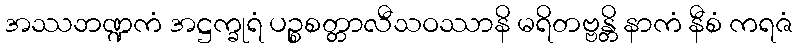
အဿဘဏ္ဍကံ အဋ္ဌက္ခုရံ ပဉ္စစတ္တာလီသဝဿာနိ မရိတဗ္ဗန္တိ နာကံ နီစံ ကရဇံ